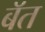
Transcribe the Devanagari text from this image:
बॅत